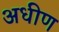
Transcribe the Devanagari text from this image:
अधीण